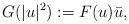
LaTeX: \begin{align*}G(|u|^2) := F(u)\bar u,\end{align*}